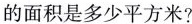
的面积是多少平方米?